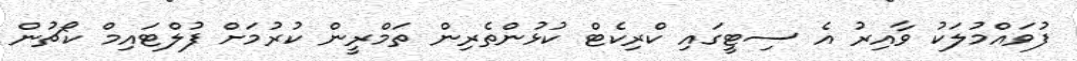
ފުވައްމުލަކު ވާއިރު އެ ސިޓީގައި ކްރިކެޓް ކުޅުންތެރިން ތަމްރީން ކުރުމަށް ފުލްޓައިމް ކޯޗުން